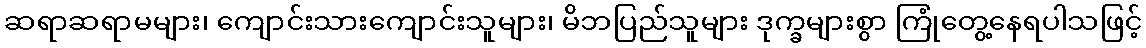
ဆရာဆရာမများ၊ ကျောင်းသားကျောင်းသူများ၊ မိဘပြည်သူများ ဒုက္ခများစွာ ကြုံတွေ့နေရပါသဖြင့်